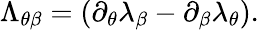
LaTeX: \Lambda_{\theta\beta}=\left(\partial_{\theta}\lambda_{\beta}-\partial_{\beta}\lambda_{\theta}\right).